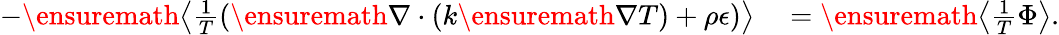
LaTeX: \begin{array}{rl}{-\ensuremath{\left\langle\frac{1}{T}\left(\ensuremath{\nabla}\cdot(k\ensuremath{\nabla}T)+\rho\epsilon\right)\right\rangle}}&{{}=\ensuremath{\left\langle\frac{1}{T}\Phi\right\rangle}.}\end{array}